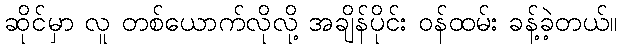
ဆိုင်မှာ လူ တစ်ယောက်လိုလို့ အချိန်ပိုင်း ဝန်ထမ်း ခန့်ခဲ့တယ်။